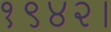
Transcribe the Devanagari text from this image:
१९४२।